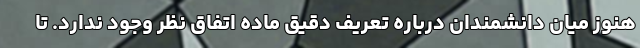
هنوز میان دانشمندان درباره تعریف دقیق ماده اتفاق نظر وجود ندارد. تا